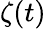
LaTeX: \zeta(t)